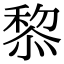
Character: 𥠖